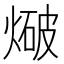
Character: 𭵤